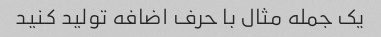
یک جمله مثال با حرف اضافه تولید کنید